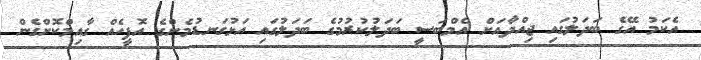
އެކަމު އޭގެ ބަދަލުގައި ޖިއްދާއަށް އެމްބަސީ ބަދަލުކުރުމުގެ ބަދަލުގައި އަޅުގަނޑުމެންގެ އޮފީހެއް ގާއިމްކޮށްގެން